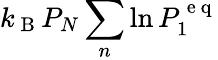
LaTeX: k_{\mathrm{~B~}}P_{N}\sum_{n}\ln P_{1}^{\mathrm{~e~q~}}